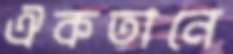
ঐকতানে